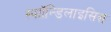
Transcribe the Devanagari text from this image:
स्पाॉन्डिलाइसिस